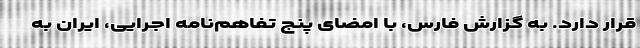
قرار دارد. به گزارش فارس، با امضای پنج تفاهم‌نامه اجرایی، ایران به